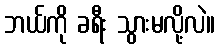
ဘယ်ကို ခရီး သွားမလို့လဲ။